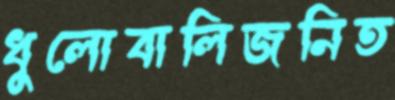
ধুলোবালিজনিত